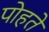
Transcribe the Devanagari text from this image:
पोहते